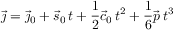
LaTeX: { \vec { \jmath } } = { \vec { \jmath } } _ { 0 } + { \vec { s } } _ { 0 } \, t + { \frac { 1 } { 2 } } { \vec { c } } _ { 0 } \, t ^ { 2 } + { \frac { 1 } { 6 } } { \vec { p } } \, t ^ { 3 }